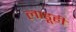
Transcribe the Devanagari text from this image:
लाडूही